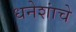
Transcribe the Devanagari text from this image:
धनेशांचे